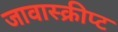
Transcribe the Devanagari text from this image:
जावास्क्रीप्ट